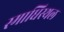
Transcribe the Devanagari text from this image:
स्माधिस्थल